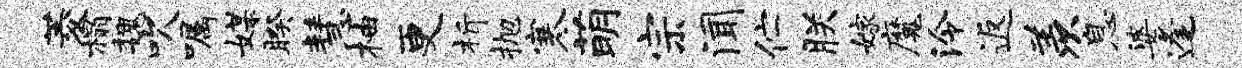
菱榻魏吹嘱媒睽慧柚更析抛寒萌宗闻伫朕嫁魔泠返羡息婆逢